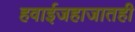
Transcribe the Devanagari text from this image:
हवाईजहाजातही